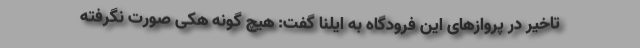
تاخیر در پروازهای این فرودگاه به ایلنا گفت: هیچ گونه هکی صورت نگرفته